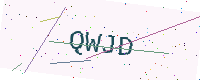
Text: QWJD